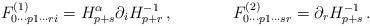
\begin{align*}F^{(1)}_{0\cdots p1\cdots ri} = H_{p+s}^{\alpha}\partial_i H_{p+r}^{-1}\, ,\hskip 1.5truecmF^{(2)}_{0\cdots p1\cdots sr} = \partial_r H_{p+s}^{-1}\, .\end{align*}